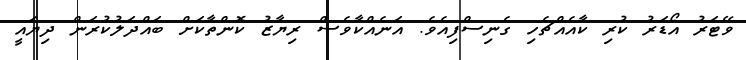
ވޭޓަރު އޯޑަރު ކުރި ކާއެއްޗެހި ގެނިސްފިއެވެ. އަނެއްކާވެސް ރިޔާޒު ކޮންތާކަށް ބައްދަލުކުރަން ދިޔައީ